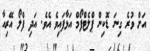
އަށް ވުރެ ގިނަ ޑޮކިން ޕްލެޓްފޯމް އަޅާފައިވެ އެވެ. އަދި ފްލޯ އޭރިއާ